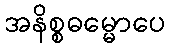
အနိစ္စဓမ္မောပေ